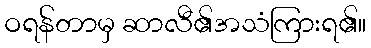
ဝရန်တာမှ ဆာလီ၏အသံကြားရ၏။